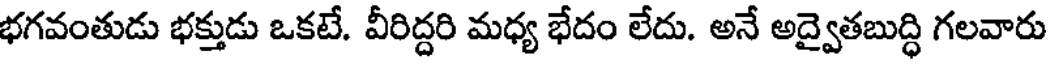
భగవంతుడు భక్తుడు ఒకటే. వీరిద్దరి మధ్య భేదం లేదు. అనే అద్వైతబుద్ధి గలవారు